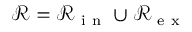
\mathcal R = \mathcal R _ { \mathrm { ~ i ~ n ~ } } \cup \mathcal R _ { \mathrm { ~ e ~ x ~ } }